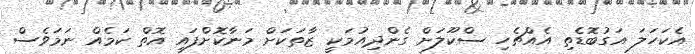
އެކަހަލަ އަގުބޮޑެތި އެއްޗެހި ސްކޫލަށް ގެންދިއުމަކީ ޒާތަކަށް މަނާކޮށްފައި އޮތް ކަމެއް ނަމަވެސް